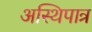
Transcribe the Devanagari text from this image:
अस्थिपात्र